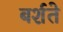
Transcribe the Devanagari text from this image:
बर्शते